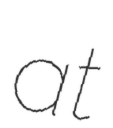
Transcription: at